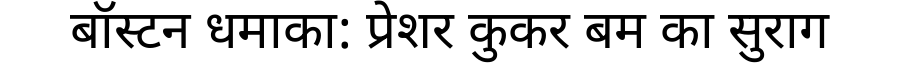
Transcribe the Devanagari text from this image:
बॉस्टन धमाका: प्रेशर कुकर बम का सुराग